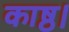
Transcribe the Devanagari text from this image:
काष्ठ।